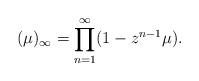
LaTeX: \begin{align*}(\mu)_\infty = \prod_{n=1}^\infty(1-z^{n-1}\mu).\end{align*}